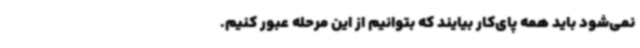
نمی‌شود باید همه پای‌کار بیایند که بتوانیم از این مرحله عبور کنیم.